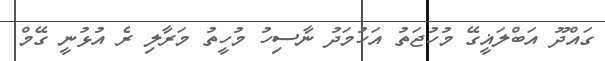
ގައްދޫ އަބްލަޣީގޭ މުހުޖަތު އަހުމަދު ނާސިހު މުހީތު މަރާލި ރެ އުޅުނީ ގޭމް